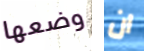
وضعها ان